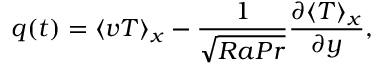
q ( t ) = \langle v T \rangle _ { x } - \frac { 1 } { \sqrt { R a P r } } \frac { \partial \langle T \rangle _ { x } } { \partial y } ,